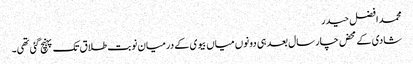
محمد افضل حیدر
شادی کے محض چار سال بعد ہی دونوں میاں بیوی کے درمیان نوبت طلاق تک پہنچ گئی تھی۔